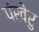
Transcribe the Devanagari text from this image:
पंखेरु